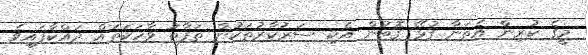
މީގެ ކުރިން އެތަނާ ގުޅޭ ގޮތުން އެކި ސަރުކާރުތަކުން ތަފާތު ވާހަކަތައް ދައްކާފައިވެ